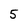
Character: 5